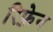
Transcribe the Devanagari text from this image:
रिफ़्रेन